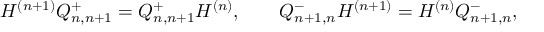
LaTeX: H ^ { ( n + 1 ) } Q _ { n , n + 1 } ^ { + } = Q _ { n , n + 1 } ^ { + } H ^ { ( n ) } , \qquad Q _ { n + 1 , n } ^ { - } H ^ { ( n + 1 ) } = H ^ { ( n ) } Q _ { n + 1 , n } ^ { - } ,